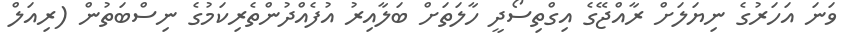
ވަނަ އަހަރުގެ ނިޔަލަށް ރާއްޖޭގެ އިގްތިސޯދީ ހާލަތަށް ބަލާއިރު އުފެއްދުންތެރިކަމުގެ ނިސްބަތުން (ރިއަލް